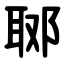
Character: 郰